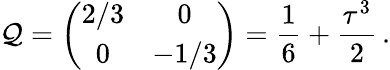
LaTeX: \mathcal{Q}=\left(\begin{array}{cc}{{2/3}}&{{0}}\\ {{0}}&{{-1/3}}\end{array}\right)=\frac{{1}}{{6}}+\frac{{\tau^{3}}}{{2}}\, .